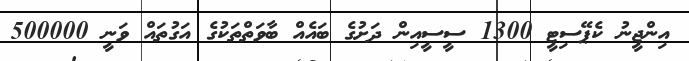
އިންޖީނު ކެޕޭސިޓީ 1300 ސީސީއިން ދަށުގެ ބައެއް ބާވަތްތަކުގެ އަގުތައް ވަނީ 500000